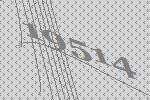
19514